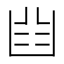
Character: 𠚒